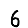
Digit: 6